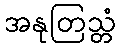
အနုတြသ္တံ